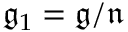
{ \mathfrak { g } } _ { 1 } = { \mathfrak { g } } / { \mathfrak { n } }